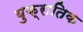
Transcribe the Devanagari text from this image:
युक्रातिक